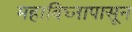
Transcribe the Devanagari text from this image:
महाविघ्नापासून